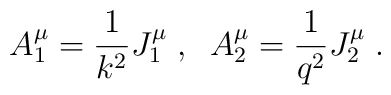
A_1^\mu = \frac 1{k^2} J_1^\mu \;,\;\;A_2^\mu = \frac 1{q^2} J_2^\mu \;.